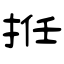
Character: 拰